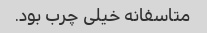
متاسفانه خیلی چرب بود.